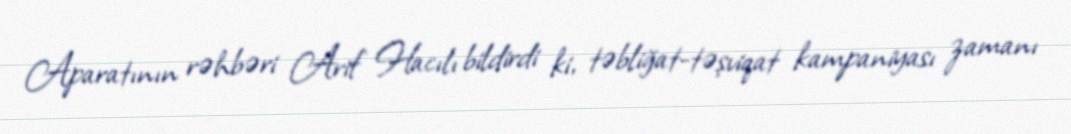
Aparatının rəhbəri Arif Hacılı bildirdi ki, təbliğat-təşviqat kampaniyası zamanı